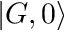
| G , 0 \rangle